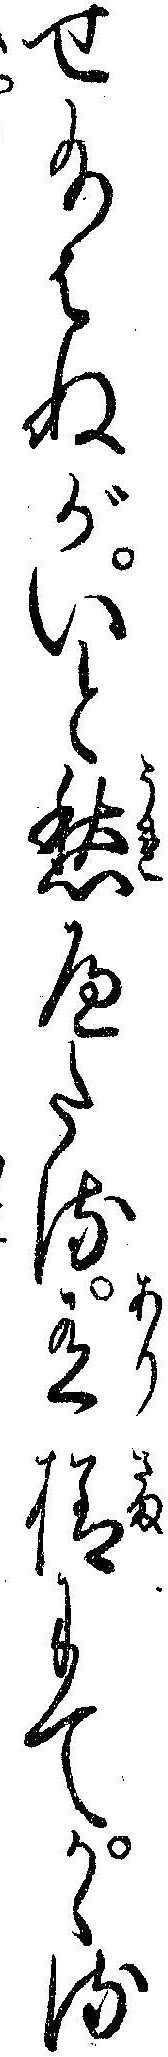
せ給はぬがいと愁へたる有様にてかゝる